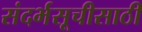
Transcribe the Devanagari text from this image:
संदर्भसूचीसाठी